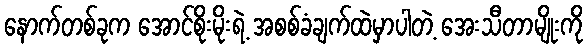
နောက်တစ်ခုက အောင်စိုးမိုးရဲ့ အစစ်ခံချက်ထဲမှာပါတဲ့ အေးသီတာမျိုးကို